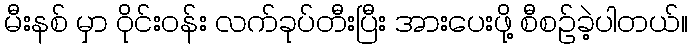
မီးနစ် မှာ ဝိုင်းဝန်း လက်ခုပ်တီးပြီး အားပေးဖို့ စီစဉ်ခဲ့ပါတယ်။